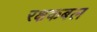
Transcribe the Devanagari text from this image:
रक्षकबल